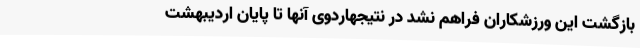
بازگشت این ورزشکاران فراهم نشد در نتیجهاردوی آنها تا پایان اردیبهشت